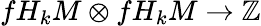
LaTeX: fH_{k}M\otimes fH_{k}M\to\mathbb{Z}